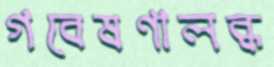
গবেষণালব্ধ